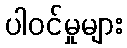
ပါဝင်မှုများ